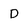
Character: D